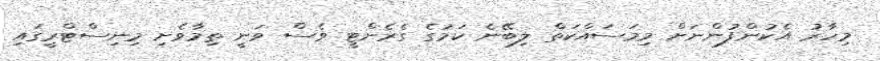
މިހާރު އެކުންފުންނަށް މިމަސައްކަތް ލިބޭނެ ކަމުގެ ގެރެންޓީ ވެސް ވަނީ ތިމާވެށި މިނިސްޓްރީގައި